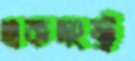
একদংষ্ট্র